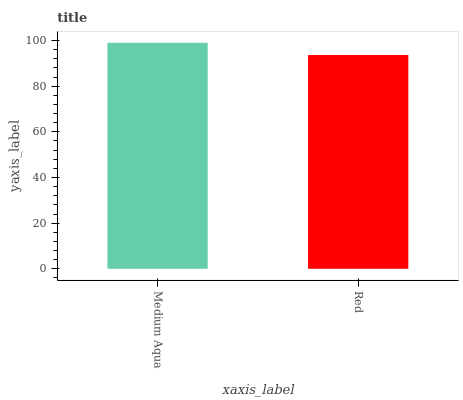
| xaxis_label | bars |
 | --- | --- |
 | Medium Aqua | 99 |
 | Red | 93.6 |